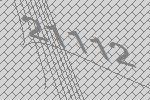
21112